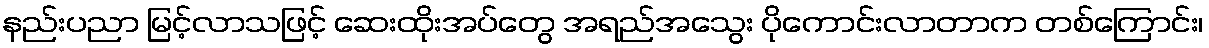
နည်းပညာ မြင့်လာသဖြင့် ဆေးထိုးအပ်တွေ အရည်အသွေး ပိုကောင်းလာတာက တစ်ကြောင်း၊